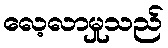
လေ့လာမှုသည်